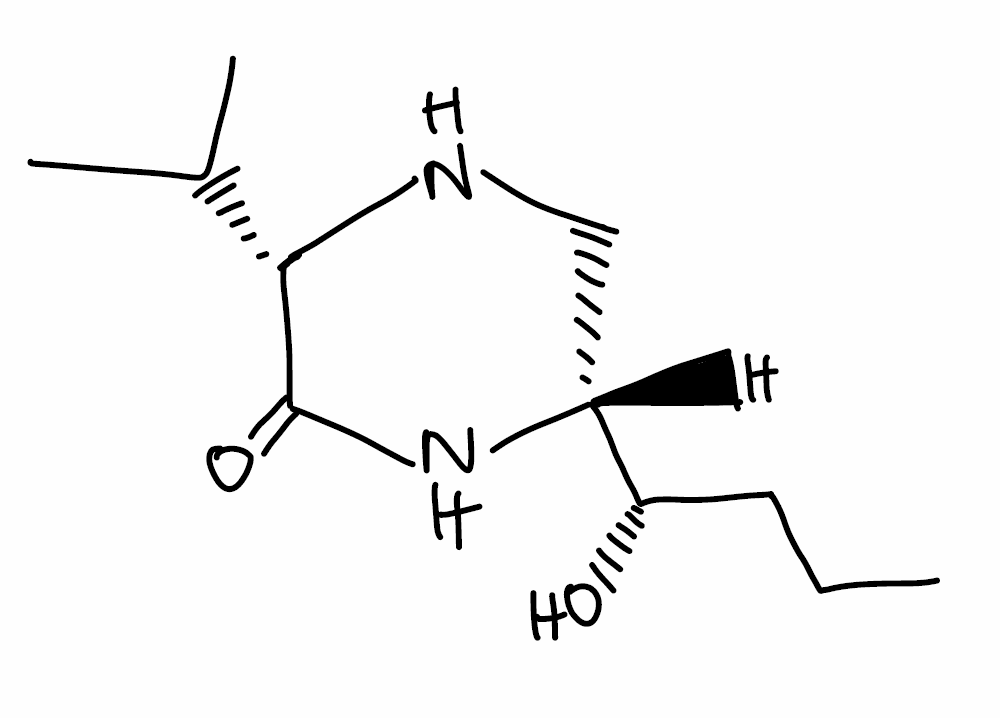
Simplified molecular-input line-entry system (SMILES) notation of the given molecule:
CCC[C@@H]([C@H]1CN[C@H](C(=O)N1)C(C)C)O